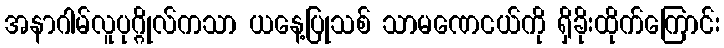
အနာဂါမ်လူပုဂ္ဂိုလ်ကသာ ယနေ့ပြုသစ် သာမဏေငယ်ကို ရှိခိုးထိုက်ကြောင်း